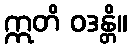
ဣတိ ဝဒန္တိ။